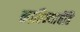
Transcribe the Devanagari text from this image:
काठिन्याचेंहि